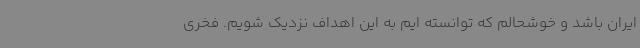
ایران باشد و خوشحالم که توانسته ایم به این اهداف نزدیک شویم. فخری